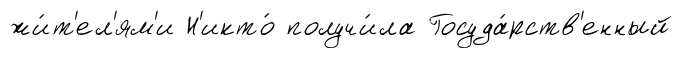
жи́т'ел'ям'и Н'икто́ получи́ла Госуда́рств'енный